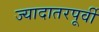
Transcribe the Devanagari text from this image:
ज्यादातरपूर्वी